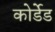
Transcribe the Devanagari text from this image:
कोर्डेड